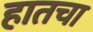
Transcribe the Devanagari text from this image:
हातचा